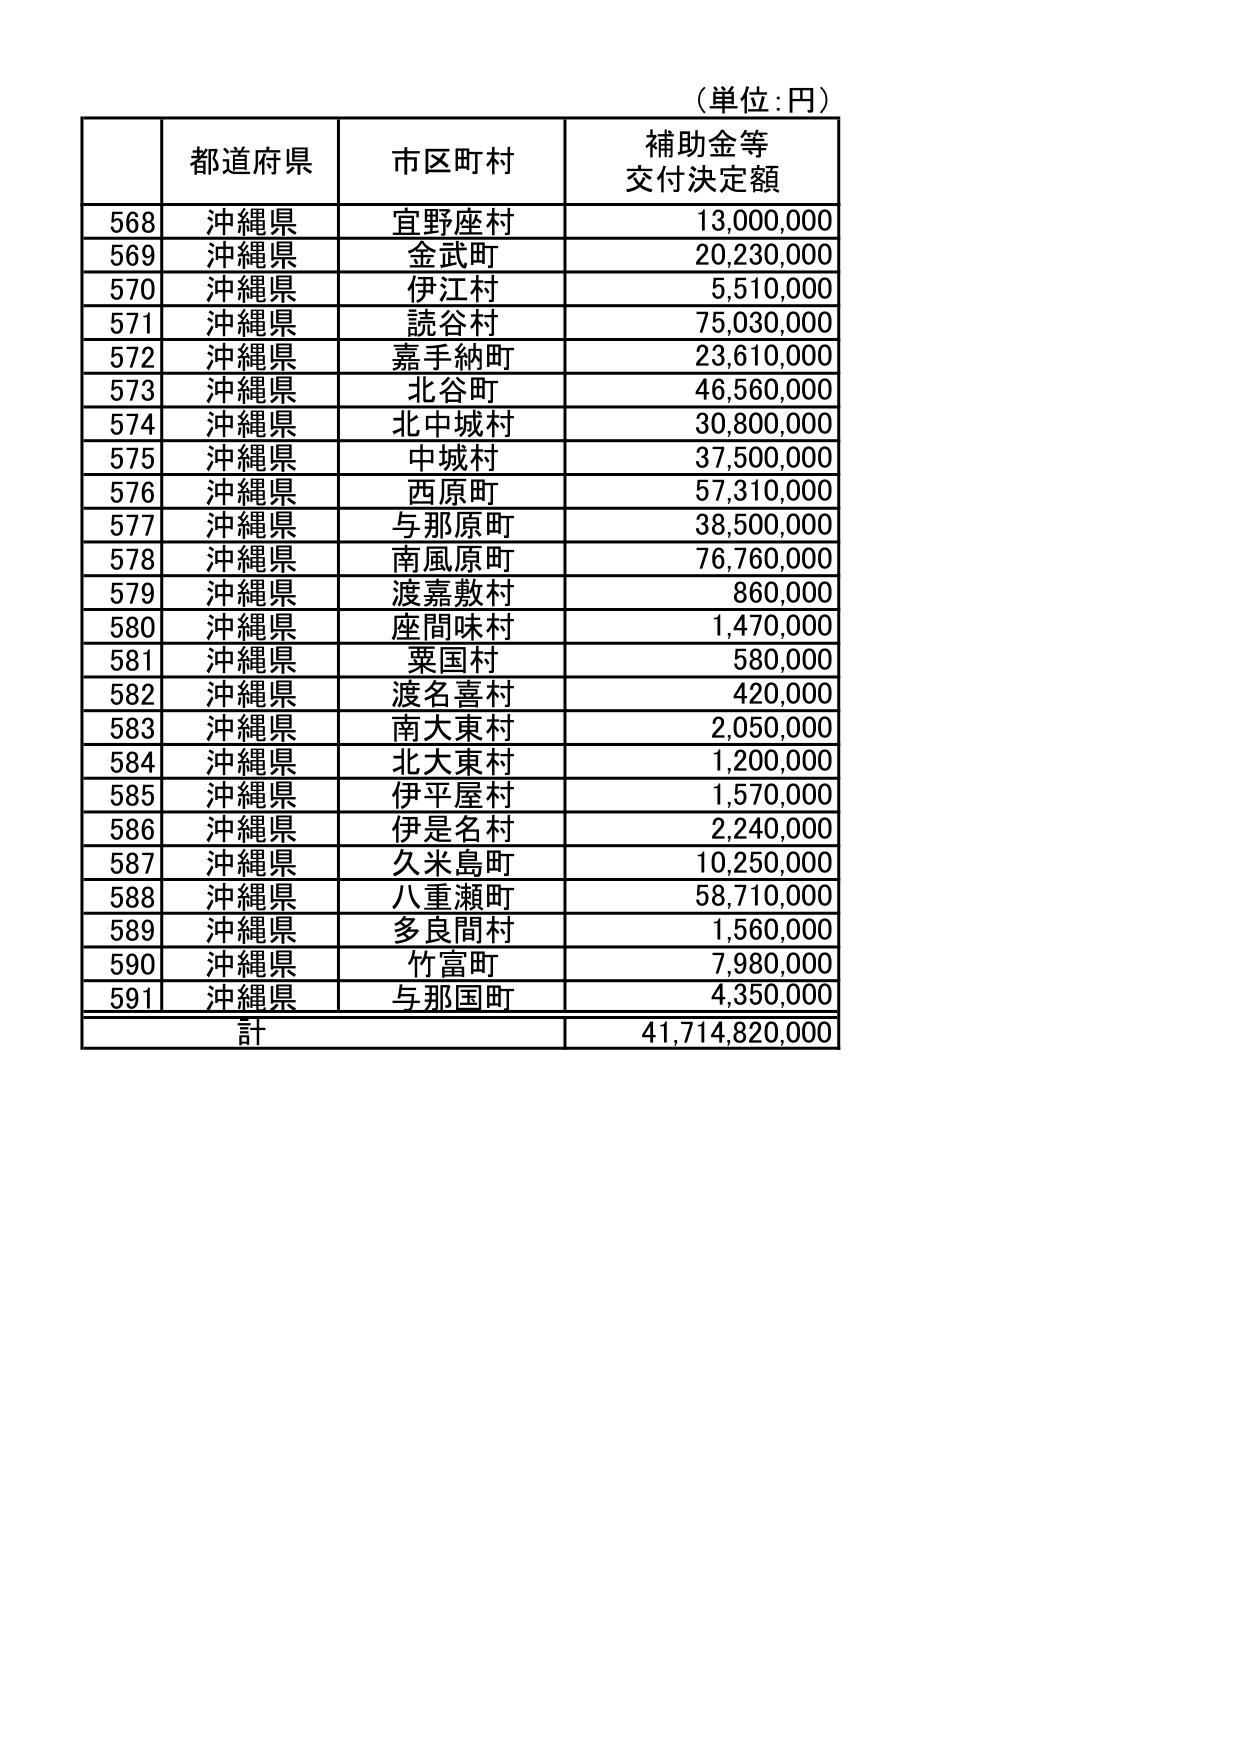
（単位：円）

都道府県　市区町村　補助金等交付決定額

568　沖縄県　宜野座村　13,000,000
569　沖縄県　金武町　20,230,000
570　沖縄県　伊江村　5,510,000
571　沖縄県　読谷村　75,030,000
572　沖縄県　嘉手納町　23,610,000
573　沖縄県　北谷町　46,560,000
574　沖縄県　北中城村　30,800,000
575　沖縄県　中城村　37,500,000
576　沖縄県　西原町　57,310,000
577　沖縄県　与那原町　38,500,000
578　沖縄県　南風原町　76,760,000
579　沖縄県　渡嘉敷村　860,000
580　沖縄県　座間味村　1,470,000
581　沖縄県　粟国村　580,000
582　沖縄県　渡名喜村　420,000
583　沖縄県　南大東村　2,050,000
584　沖縄県　北大東村　1,200,000
585　沖縄県　伊平屋村　1,570,000
586　沖縄県　伊是名村　2,240,000
587　沖縄県　久米島町　10,250,000
588　沖縄県　八重瀬町　58,710,000
589　沖縄県　多良間村　1,560,000
590　沖縄県　竹富町　7,980,000
591　沖縄県　与那国町　4,350,000

計　41,714,820,000